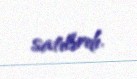
satılırdı.